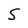
Character: S